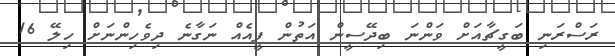
ރަސްރަނި ބަގީޗާއަށް ވަންނަ ބިދޭސީން އަތުން ފީއެއް ނަގާނެ ދިވެހިންނަށް ހިލޭ 16